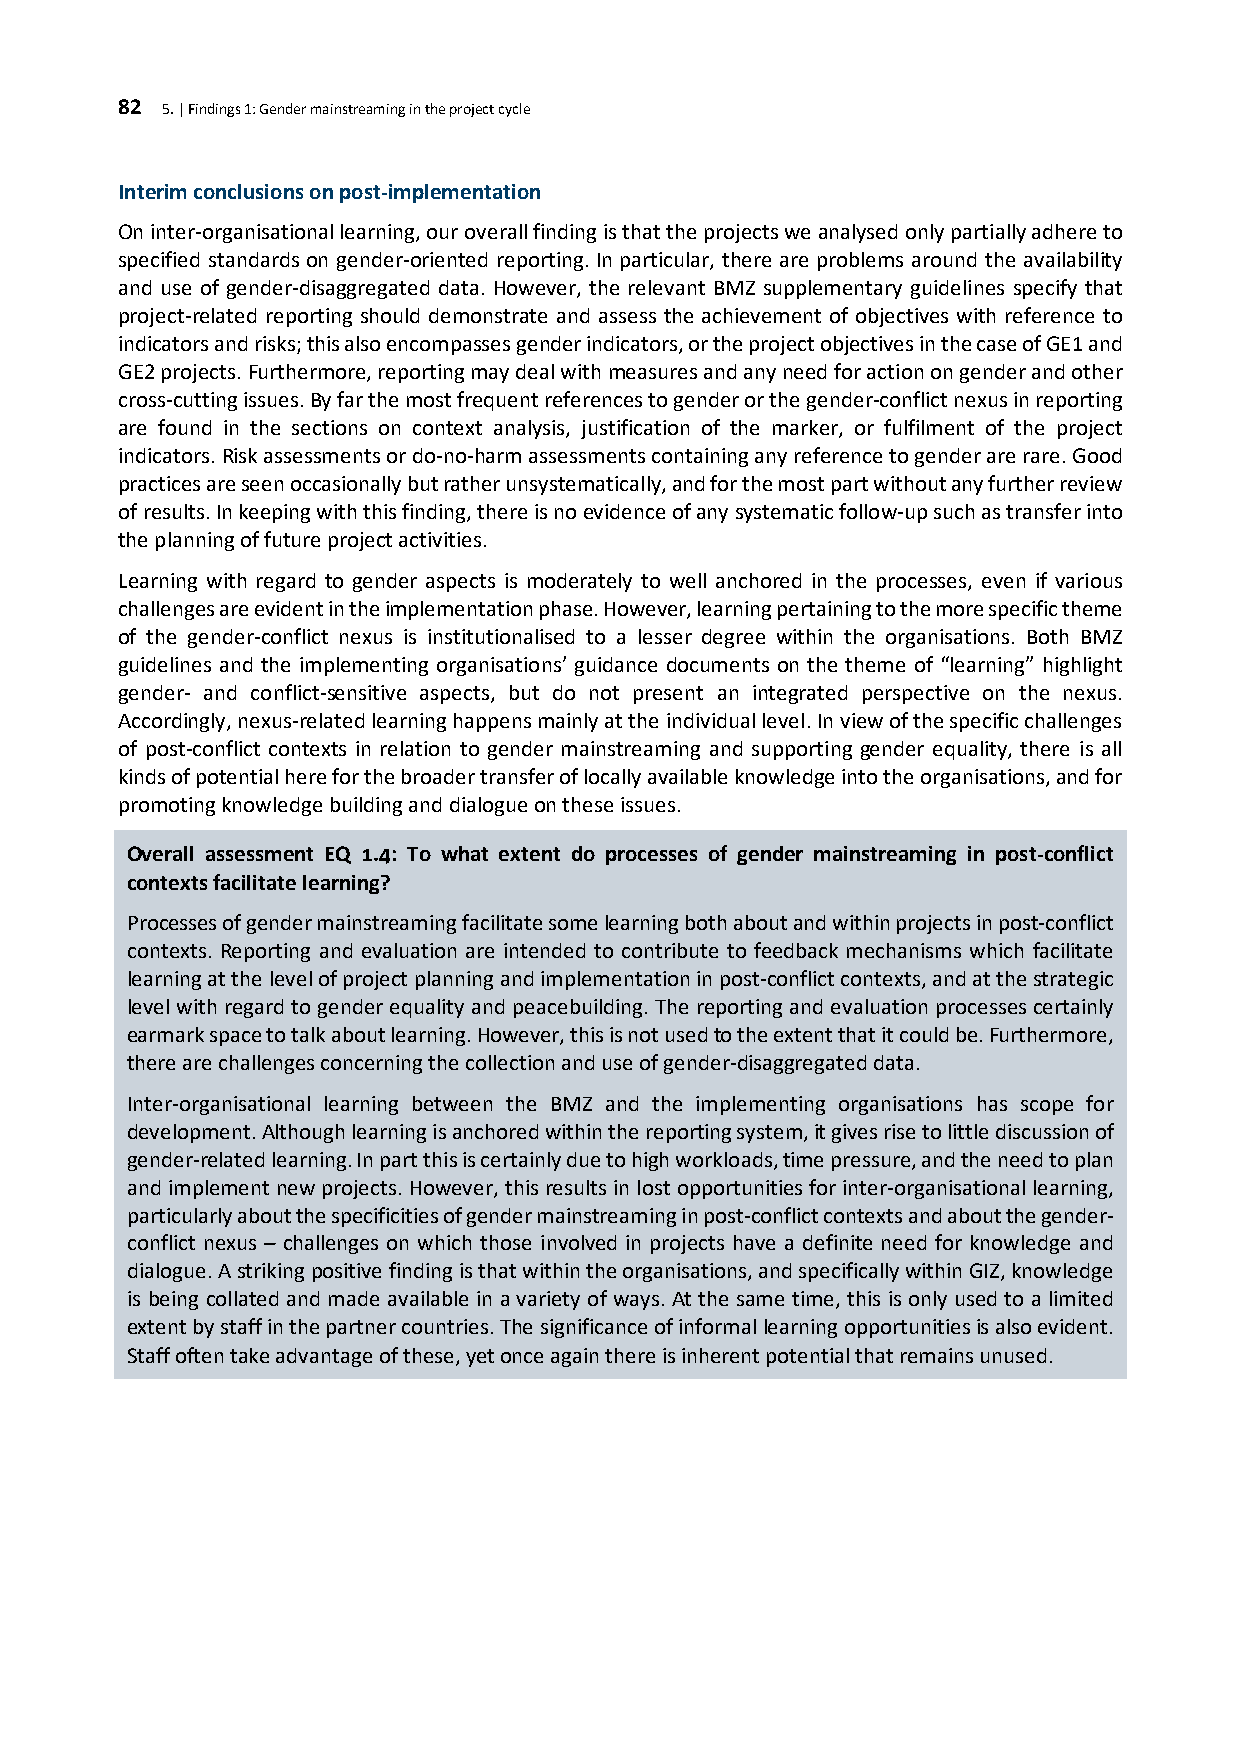
82 5. | Findings 1: Gender mainstreaming in the project cycle
 Interim conclusions on post-implementation
 On inter-organisational learning, our overall finding is that the projects we analysed only partially adhere to
 specified standards on gender-oriented reporting. In particular, there are problems around the availability
 and use of gender-disaggregated data. However, the relevant BMZ supplementary guidelines specify that
 project-related reporting should demonstrate and assess the achievement of objectives with reference to
 indicators and risks; this also encompasses gender indicators, or the project objectives in the case of GE1 and
 GE2 projects. Furthermore, reporting may deal with measures and any need for action on gender and other
 cross-cutting issues. By far the most frequent references to gender or the gender-conflict nexus in reporting
 are found in the sections on context analysis, justification of the marker, or fulfilment of the project
 indicators. Risk assessments or do-no-harm assessments containing any reference to gender are rare. Good
 practices are seen occasionally but rather unsystematically, and for the most part without any further review
 of results. In keeping with this finding, there is no evidence of any systematic follow-up such as transfer into
 the planning of future project activities.
 Learning with regard to gender aspects is moderately to well anchored in the processes, even if various
 challenges are evident in the implementation phase. However, learning pertaining to the more specific theme
 of the gender-conflict nexus is institutionalised to a lesser degree within the organisations. Both BMZ
 guidelines and the implementing organisations’ guidance documents on the theme of “learning” highlight
 gender- and conflict-sensitive aspects, but do not present an integrated perspective on the nexus.
 Accordingly, nexus-related learning happens mainly at the individual level. In view of the specific challenges
 of post-conflict contexts in relation to gender mainstreaming and supporting gender equality, there is all
 kinds of potential here for the broader transfer of locally available knowledge into the organisations, and for
 promoting knowledge building and dialogue on these issues.
 Overall assessment EQ 1.4: To what extent do processes of gender mainstreaming in post-conflict
 contexts facilitate learning?
 Processes of gender mainstreaming facilitate some learning both about and within projects in post-conflict
 contexts. Reporting and evaluation are intended to contribute to feedback mechanisms which facilitate
 learning at the level of project planning and implementation in post-conflict contexts, and at the strategic
 level with regard to gender equality and peacebuilding. The reporting and evaluation processes certainly
 earmark space to talk about learning. However, this is not used to the extent that it could be. Furthermore,
 there are challenges concerning the collection and use of gender-disaggregated data.
 Inter-organisational learning between the BMZ and the implementing organisations has scope for
 development. Although learning is anchored within the reporting system, it gives rise to little discussion of
 gender-related learning. In part this is certainly due to high workloads, time pressure, and the need to plan
 and implement new projects. However, this results in lost opportunities for inter-organisational learning,
 particularly about the specificities of gender mainstreaming in post-conflict contexts and about the gender-
 conflict nexus – challenges on which those involved in projects have a definite need for knowledge and
 dialogue. A striking positive finding is that within the organisations, and specifically within GIZ, knowledge
 is being collated and made available in a variety of ways. At the same time, this is only used to a limited
 extent by staff in the partner countries. The significance of informal learning opportunities is also evident.
 Staff often take advantage of these, yet once again there is inherent potential that remains unused.